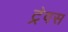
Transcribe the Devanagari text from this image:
ट्रेवस